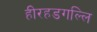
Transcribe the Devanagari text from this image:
हीरहडगल्लि